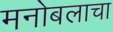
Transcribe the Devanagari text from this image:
मनोबलाचा